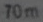
70m